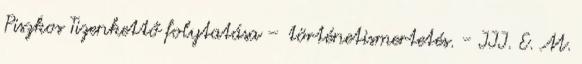
Piszkos Tizenkettő folytatása – történetismertetés. - III. E. M.